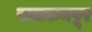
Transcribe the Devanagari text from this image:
सलकनपूर